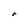
Character: r